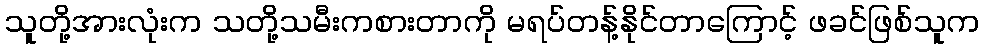
သူတို့အားလုံးက သတို့သမီးကစားတာကို မရပ်တန့်နိုင်တာကြောင့် ဖခင်ဖြစ်သူက